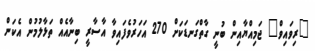
"ރިވައިވް" ޖަމިއްޔާއިން ބުނީ ގާތްގަނޑަކަށް 270 އަހަރުވެފައިވާ އާސާރީ ބިނާއެއް ތަޅާލުމުން އެކަން